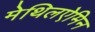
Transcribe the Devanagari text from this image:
मेथिलऐमिन